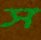
স